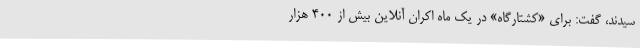
سیدند، گفت: برای «کشتارگاه» در یک ماه اکران آنلاین بیش از 400 هزار